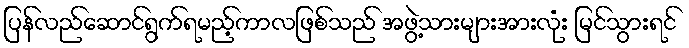
ပြန်လည်ဆောင်ရွက်ရမည့်ကာလဖြစ်သည် အဖွဲ့သားများအားလုံး မြင်သွားရင်